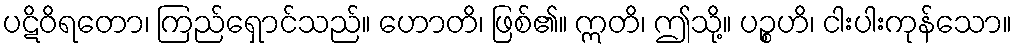
ပဋိဝိရတော၊ ကြည်ရှောင်သည်။ ဟောတိ၊ ဖြစ်၏။ ဣတိ၊ ဤသို့။ ပဉ္စဟိ၊ ငါးပါးကုန်သော။